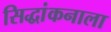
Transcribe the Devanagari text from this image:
सिद्धांकनाला